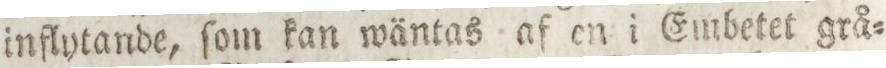
inflytande, ſom kan wäntas af en i Embetet grå=